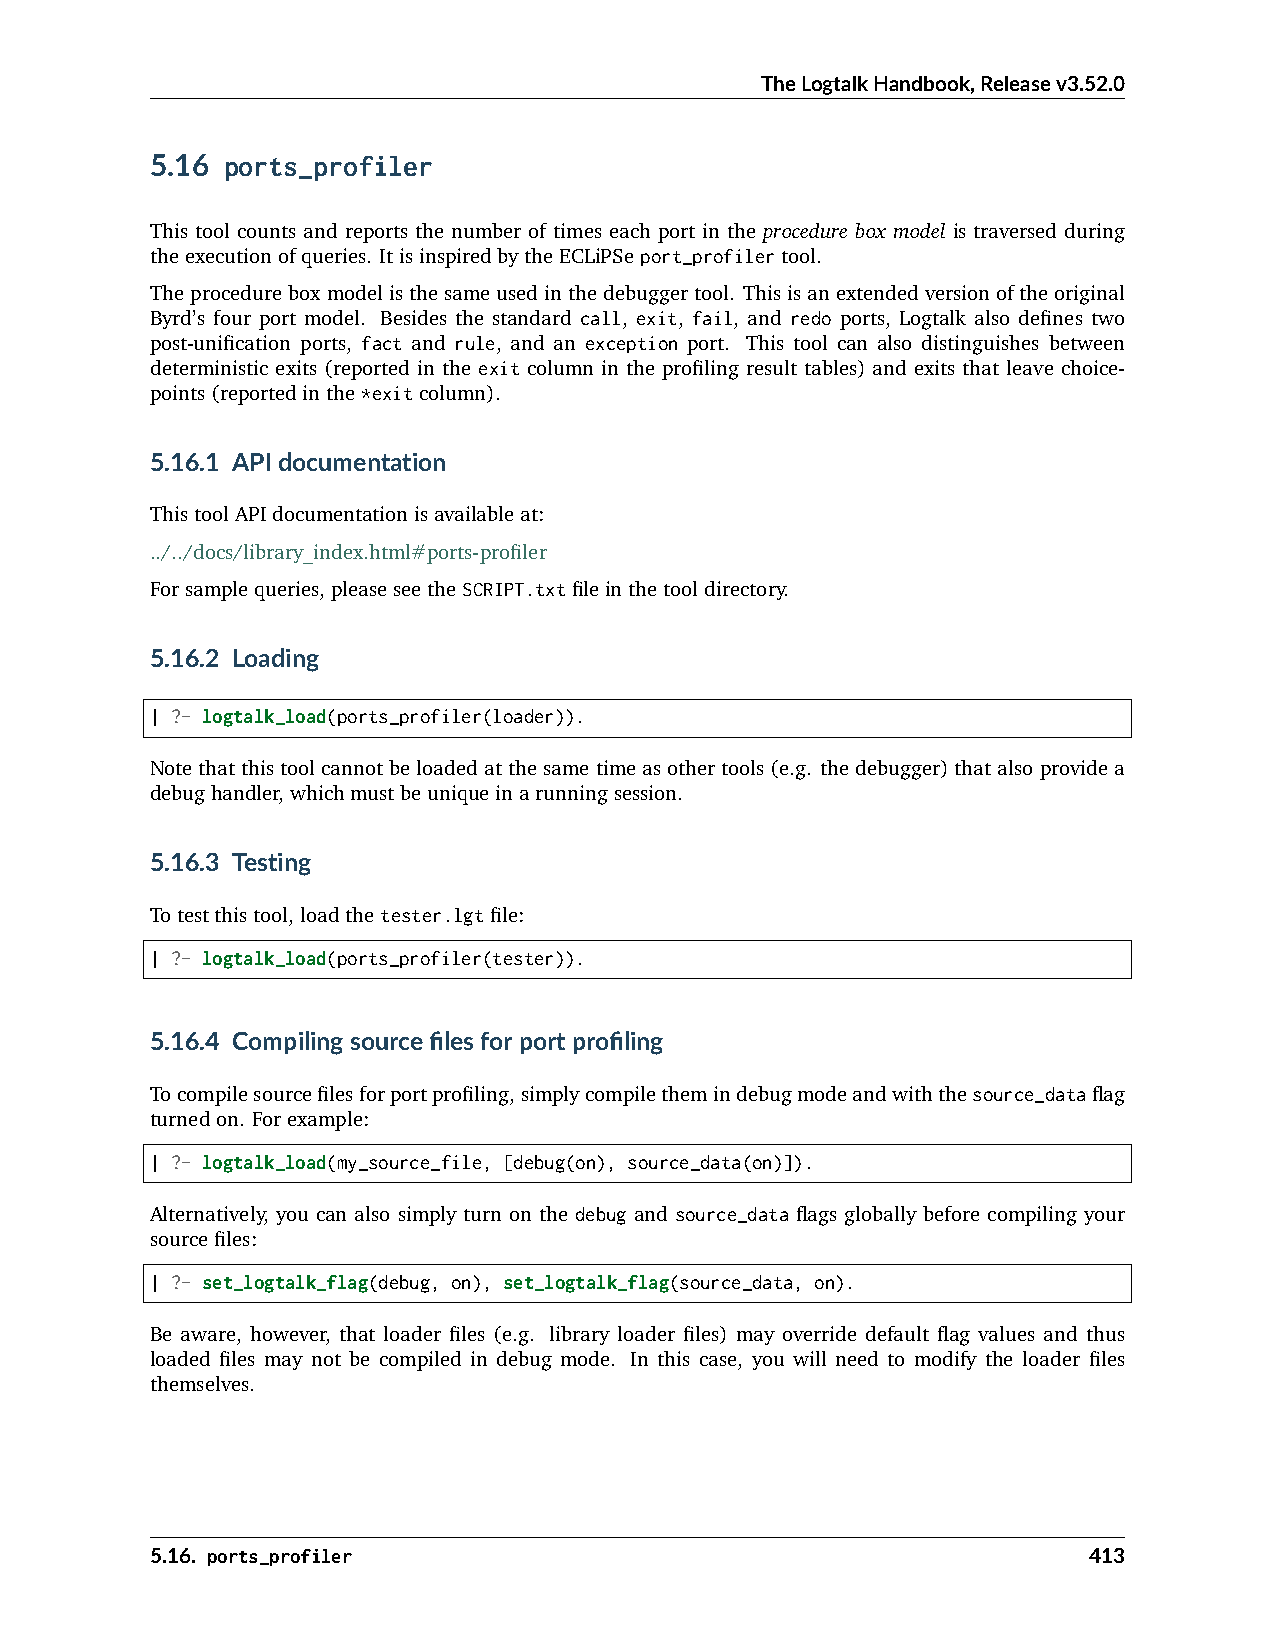
TheLogtalkHandbook,Releasev3.52.0
 5.16 ports_profiler
 This tool counts and reports the number of times each port in the procedure box model is traversed during
 theexecutionofqueries. ItisinspiredbytheECLiPSeport_profilertool.
 Theprocedureboxmodelisthesameusedinthedebuggertool. Thisisanextendedversionoftheoriginal
 Byrd’s four port model. Besides the standard call, exit, fail, and redo ports, Logtalk also defines two
 post-unification ports, fact and rule, and an exception port. This tool can also distinguishes between
 deterministic exits (reported in the exit column in the profiling result tables) and exits that leave choice-
 points(reportedinthe*exitcolumn).
 5.16.1 APIdocumentation
 ThistoolAPIdocumentationisavailableat:
 ../../docs/library_index.html#ports-profiler
 Forsamplequeries,pleaseseetheSCRIPT.txtfileinthetooldirectory.
 5.16.2 Loading
 | ?- logtalk_load(ports_profiler(loader)).
 Notethatthistoolcannotbeloadedatthesametimeasothertools(e.g. thedebugger)thatalsoprovidea
 debughandler,whichmustbeuniqueinarunningsession.
 5.16.3 Testing
 Totestthistool,loadthetester.lgtfile:
 | ?- logtalk_load(ports_profiler(tester)).
 5.16.4 Compilingsourcefilesforportprofiling
 Tocompilesourcefilesforportprofiling,simplycompilethemindebugmodeandwiththesource_dataflag
 turnedon. Forexample:
 | ?- logtalk_load(my_source_file, [debug(on), source_data(on)]).
 Alternatively, you can also simply turn on the debug and source_data flags globally before compiling your
 sourcefiles:
 | ?- set_logtalk_flag(debug, on), set_logtalk_flag(source_data, on).
 Be aware, however, that loader files (e.g. library loader files) may override default flag values and thus
 loaded files may not be compiled in debug mode. In this case, you will need to modify the loader files
 themselves.
 5.16. ports_profiler                                          413